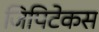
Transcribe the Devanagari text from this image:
जिपिटेकस